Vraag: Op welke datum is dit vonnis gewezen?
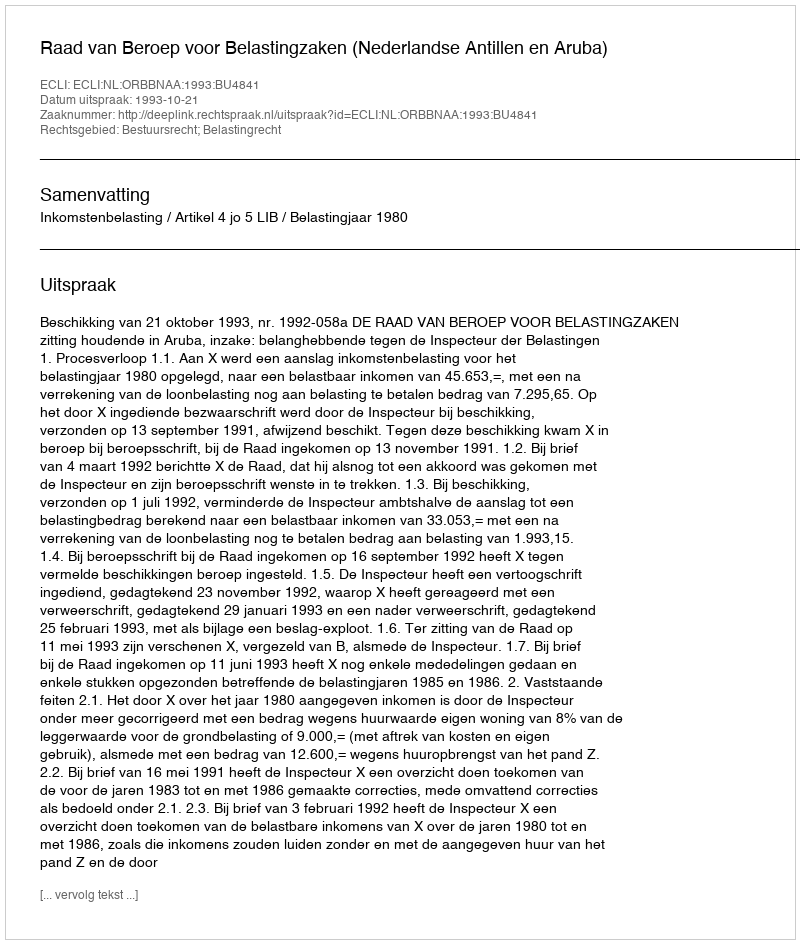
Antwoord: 1993-10-21